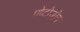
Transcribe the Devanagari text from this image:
प्रोटोज़ोन